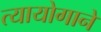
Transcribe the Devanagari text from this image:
त्यायोगाने